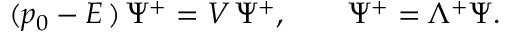
( p _ { 0 } - E \, ) \, \Psi ^ { + } = V \, \Psi ^ { + } , \qquad \Psi ^ { + } = \Lambda ^ { + } \Psi .